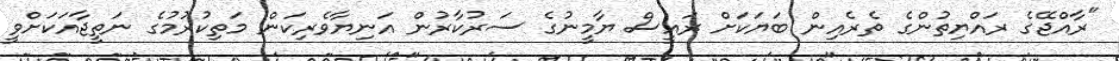
"ރާއްޖޭގެ ރައްޔިތުންގެ ތެރެއިން ބަޔަކަށް ރައީސް ޔާމީނުގެ ސަރުކާރުން އަނިޔާވެރިކަން މަތިކުރުމުގެ ނަތީޖާއަކަށްވީ